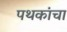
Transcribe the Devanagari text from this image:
पथकांचा